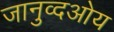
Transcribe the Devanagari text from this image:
जानुव्दओय